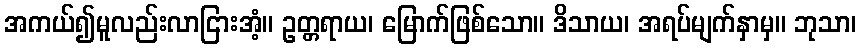
အကယ်၍မူလည်းလာငြားအံ့။ ဥတ္တရာယ၊ မြောက်ဖြစ်သော။ ဒိသာယ၊ အရပ်မျက်နှာမှ။ ဘုသာ၊